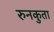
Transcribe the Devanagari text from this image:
रुनकुता